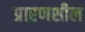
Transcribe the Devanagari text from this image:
प्रारणशील